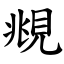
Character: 覜